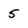
Character: 5